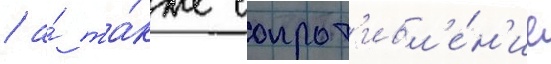
/ а́ та́кже сопрот'ивл'е́н'ие